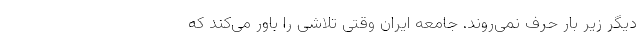
دیگر زیر بار حرف نمی‌روند. جامعه ایران وقتی تلاشی را باور می‌کند که